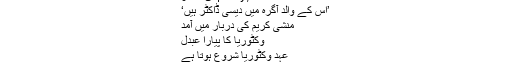
منشی حاضر ہوں‘
29 May, 2005 | فن فنکار
’اس کے والد آگرہ میں دیسی ڈاکٹر ہیں‘
منشی کریم کی دربار میں آمد
وکٹوریا کا پیارا عبدل
عہدِ وکٹوریا شروع ہوتا ہے
بنجارے کی پیشین گوئی
سنگِ میل پبلیکیشنز